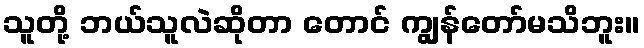
သူတို့ ဘယ်သူလဲဆိုတာ တောင် ကျွန်တော်မသိဘူး။